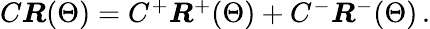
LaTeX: \begin{array}{r}{C\boldsymbol{R}(\Theta)=C^{+}\boldsymbol{R}^{+}(\Theta)+C^{-}\boldsymbol{R}^{-}(\Theta)\, .}\end{array}